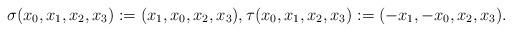
LaTeX: \begin{gather*} \sigma(x_0,x_1,x_2,x_3):=(x_1,x_0,x_2,x_3),\tau(x_0,x_1,x_2,x_3):=(-x_1,-x_0,x_2,x_3).\end{gather*}